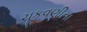
ચૂકવણીના